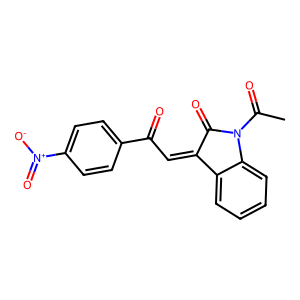
SMILES: CC(=O)N1C(=O)C(=CC(=O)c2ccc([N+](=O)[O-])cc2)c2ccccc21
Inhibits HIV replication: No